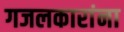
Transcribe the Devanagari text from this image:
गजलकारांना